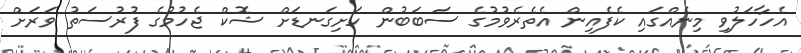
އެހާހަލުވި މިނެއްގައި ކެފެއިން އެތެރެވުމުގެ ސަބަބުން ހަށިގަނޑަށް ޝޮކް ޖެހުމުގެ ފުރުސަތު ވަރަށް